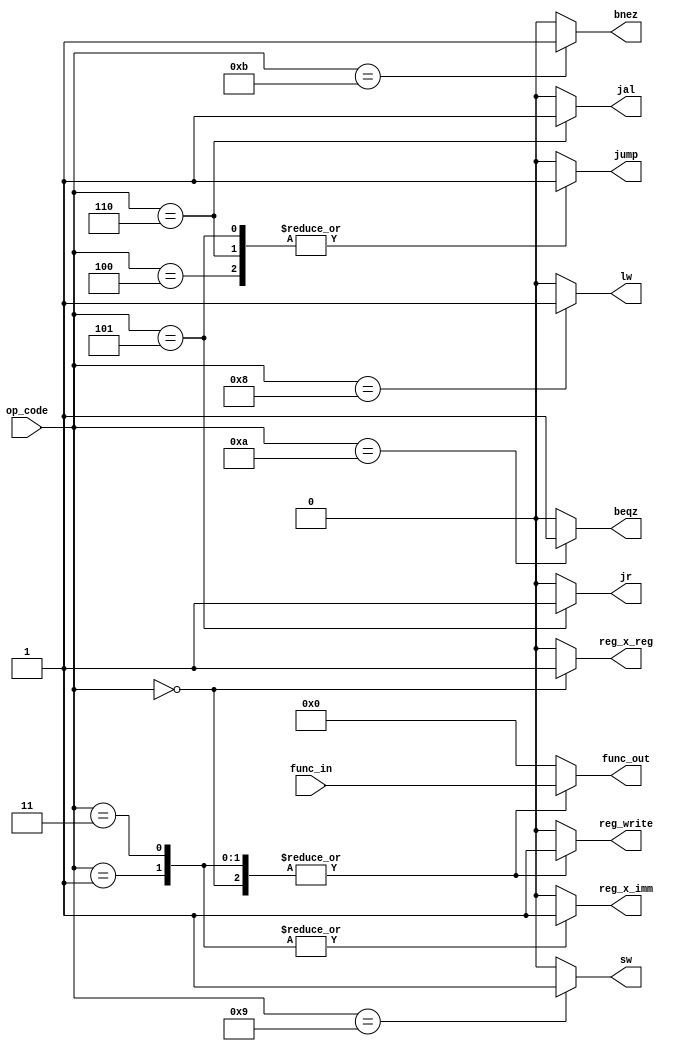

module ctrl_unit(

           // Which operation current instruction requested
           input  	 [ 3 : 0 ]	op_code,

           // Which function current instruction requested
           input  	 [ 3 : 0 ] 	func_in,

           // Some instructions require a change to function
           output reg [ 3 : 0 ] 	func_out,

           // Flags regarding alu operands
           output reg 				reg_x_reg, reg_x_imm,

           // Flags regarding branching instructions
           output reg				beqz, bnez,

           // Flags regarding memory read / write
           output reg				lw, sw,

           // Flag regarding register write
           output reg				reg_write,

           // Flag regarding PC jump
           output reg				jump,

           output reg				jal,

           output reg 				jr

       );

always @( * ) begin
    /* Reset */
    beqz	    <= 1'b0;
    bnez	    <= 1'b0;
    lw		    <= 1'b0;
    sw		    <= 1'b0;
    reg_write <= 1'b0;
    jump	    <= 1'b0;
    jal		 <= 1'b0;
    jr	       <= 1'b0;
    reg_x_reg <= 1'b0;
    reg_x_imm <= 1'b0;
    func_out  <= 4'd0;

    case (op_code)

        /* reg x reg */
        4'b0000: begin

            reg_write <= 1'b1;
            reg_x_reg <= 1'b1;
            func_out  <= func_in;

        end

        /* reg x imm */
        4'b0001: begin

            reg_write <= 1'b1;
            reg_x_imm <= 1'b1;
            func_out  <= func_in;

        end

        /* load hi word */
        4'b0011: begin

            reg_x_imm <= 1'b1;
            reg_write <= 1'b1;
            func_out  <= func_in;

        end

        /* load word */
        4'b1000: begin

            lw  	 	 <= 1'b1;
            func_out <= 4'b0000; // Set to +

        end

        /* store word */
        4'b1001: begin

            sw 		 <= 1'b1;
            func_out <= 4'b0000; // Set to +

        end

        /* jump */
        4'b0100: begin

            jump 	 <= 1'b1;
            func_out <= 4'b0000; // Set to +

        end

        /* jump register */
        4'b0101: begin

            jr 		<= 1'b1;
            jump 		<= 1'b1;
            func_out <= 4'b0000; // Set to +

        end

        /* jump and link */
        4'b0110: begin
            jump 		<= 1'b1;
            jal 		<= 1'b1;
            func_out <= 4'b0000; // Set to +
        end

        /* beqz */
        4'b1010: begin

            beqz 		<= 1'b1;
            func_out <= 4'b0000; // Set to +

        end

        /* bnez */
        4'b1011: begin

            bnez 	 <= 1'b1;
            func_out <= 4'b0000; // Set to +

        end

    endcase

end // always@
endmodule